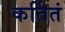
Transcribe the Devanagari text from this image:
कर्तितं